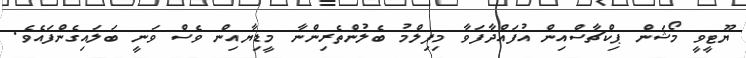
ޔޫޓީވީ މޯޝަން ޕިކްޗާސްއިން އުފައްދާފަވާ މިފިލްމު ބެލުންތެރިންނާ މީޑިޔާއިން ވެސް ވަނީ ބަލައިގެންފައެވެ.